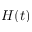
H ( t )